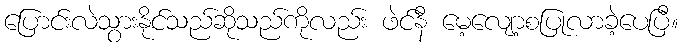
ပြောင်းလဲသွားနိုင်သည်ဆိုသည်ကိုလည်း ဖဲင်နီ မေ့လျော့စပြုလာခဲ့ပေပြီ။